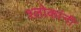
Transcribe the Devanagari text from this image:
श्लोकांनी